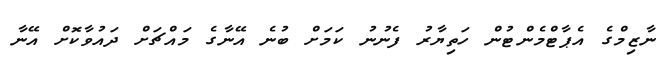
ނާޒިމްގެ އެޕާޓްމެންޓުން ހަތިޔާރު ފެނުނު ކަމަށް ބުނެ އޭނާގެ މައްޗަށް ދައުވާކޮށް އޭނާ